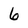
Character: 6